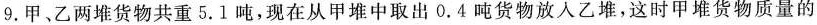
9.甲、乙两堆货物共重5.1吨，现在从甲堆中取出0.4吨货物放入乙堆，这时甲堆货物质量的